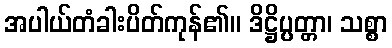
အပါယ်တံခါးပိတ်ကုန်၏။ ဒိဋ္ဌိပ္ပတ္တာ၊ သစ္စာ